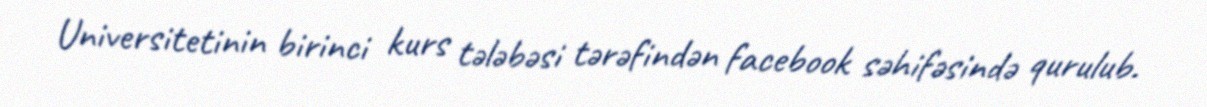
Universitetinin birinci kurs tələbəsi tərəfindən facebook səhifəsində qurulub.